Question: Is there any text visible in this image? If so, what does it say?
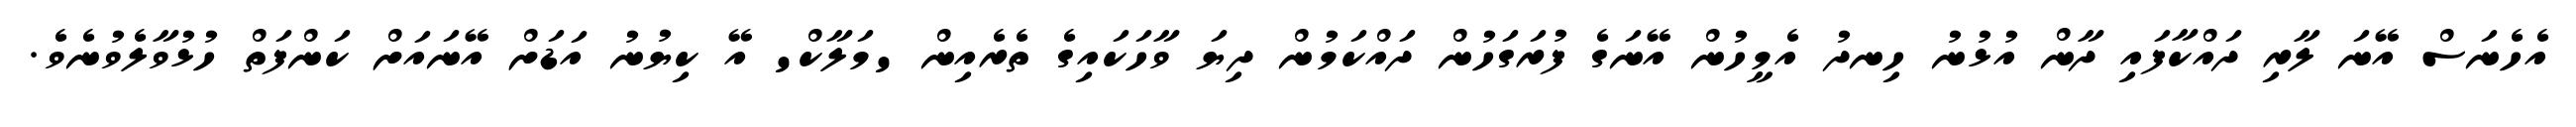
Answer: އެހެނަސް އޭނަ ލާރި ދައްކާފައި ދާން އުޅުނު ހިނދު އެމީހުން އޭނަގެ ފުރަގަހުން ދައްކަމުން ދިޔަ ވާހަކައިގެ ތެރެއިން 'މަލާކް' އޭ ކިޔުނު އަޑަށް އޭނައަށް ކަންފަތް ހުޅުވާލެވުނެވެ.